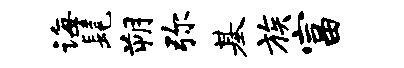
诲髦朔弥基族富